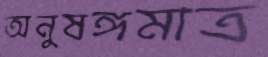
অনুষঙ্গমাত্র